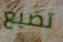
تضيع